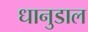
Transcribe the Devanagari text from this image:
धानुडाल